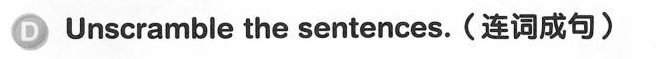
Unscramble the sentences.(连词成句)